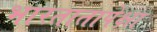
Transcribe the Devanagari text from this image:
भारतातापेक्षा